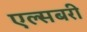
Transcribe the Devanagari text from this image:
एल्सबरी